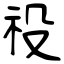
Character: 祋